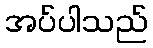
အပ်ပါသည်